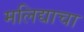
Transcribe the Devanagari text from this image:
मलिद्याचा